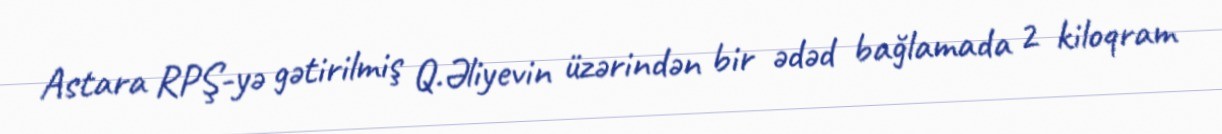
Astara RPŞ-yə gətirilmiş Q.Əliyevin üzərindən bir ədəd bağlamada 2 kiloqram